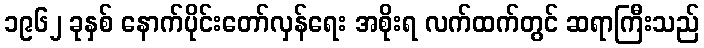
၁၉၆၂ ခုနှစ် နောက်ပိုင်းတော်လှန်ရေး အစိုးရ လက်ထက်တွင် ဆရာကြီးသည်